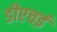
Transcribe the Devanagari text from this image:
डीएचई